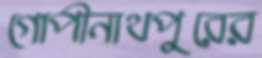
গোপীনাথপুরের